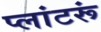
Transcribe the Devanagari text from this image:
प्लांटरूं